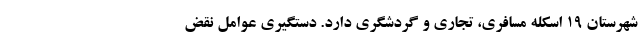
شهرستان ۱۹ اسکله مسافری، تجاری و گردشگری دارد. دستگیری عوامل نقض